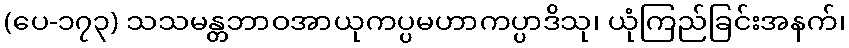
(ပေ-၁၇၃) သသမန္တဘာဝအာယုကပ္ပမဟာကပ္ပာဒိသု၊ ယုံကြည်ခြင်းအနက်၊